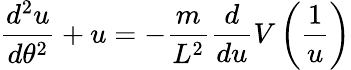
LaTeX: {\frac{d^{2}u}{d\theta^{2}}}+u=-{\frac{m}{L^{2}}}{\frac{d}{du}}V\left({\frac{1}{u}}\right)